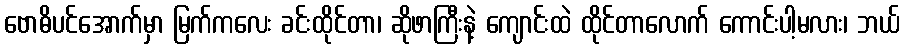
ဗောဓိပင်အောက်မှာ မြက်ကလေး ခင်းထိုင်တာ၊ ဆိုဖာကြီးနဲ့ ကျောင်းထဲ ထိုင်တာလောက် ကောင်းပါ့မလား၊ ဘယ်